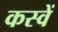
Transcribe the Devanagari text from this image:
कस्वें